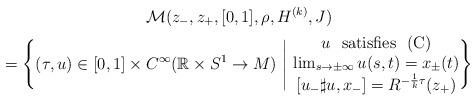
LaTeX: \begin{gather*}\mathcal{M}(z_-,z_+,[0,1],\rho,H^{(k)},J) \\ =\Bigg\{(\tau,u)\in [0,1]\times C^{\infty}(\mathbb{R}\times S^1\rightarrow M) \ \Bigg| \ \begin{matrix} u \textrm{ \ satisfies \ }(\textrm{C}) \\ \lim_{s\rightarrow \pm\infty}u(s,t)=x_{\pm}(t) \\ [u_-\sharp u,x_-]=R^{-\frac{1}{k}\tau}(z_+) \end{matrix}\Bigg\}\end{gather*}